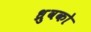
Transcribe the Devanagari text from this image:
ध्रुवको